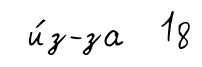
и́з-за 18